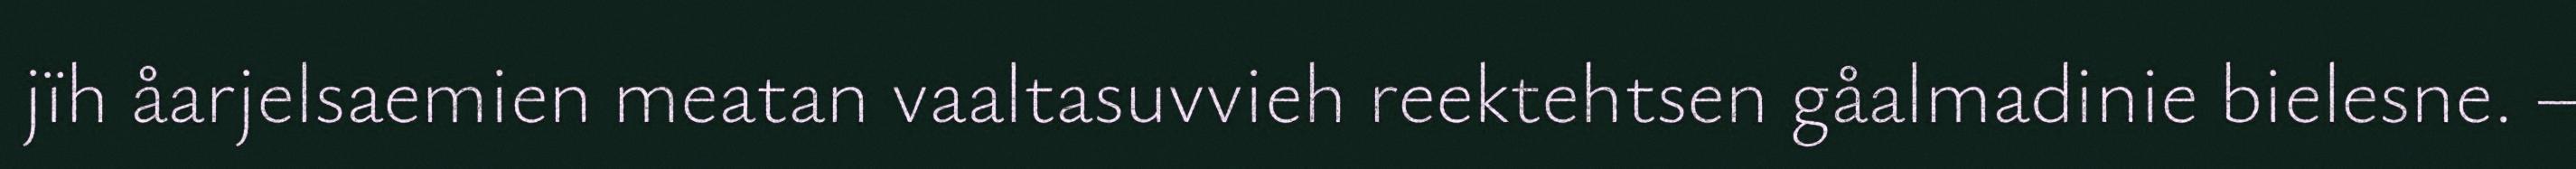
jïh åarjelsaemien meatan vaaltasuvvieh reektehtsen gåalmadinie bielesne. –